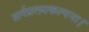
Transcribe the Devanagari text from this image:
सर्गप्रलयकल्पना।